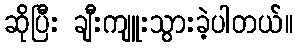
ဆိုပြီး ချီးကျူးသွားခဲ့ပါတယ်။